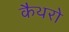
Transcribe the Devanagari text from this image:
कैथरो